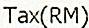
TAX(RM)